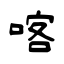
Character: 喀